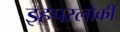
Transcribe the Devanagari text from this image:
इहपरलोकीं